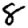
Digit: 8